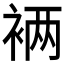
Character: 𮖁